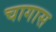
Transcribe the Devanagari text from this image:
चागास